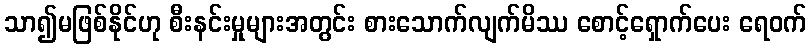
သာ၍မဖြစ်နိုင်ဟု စီးနင်းမှုများအတွင်း စားသောက်လျက်မိဿ စောင့်ရှောက်ပေး ရေဝက်